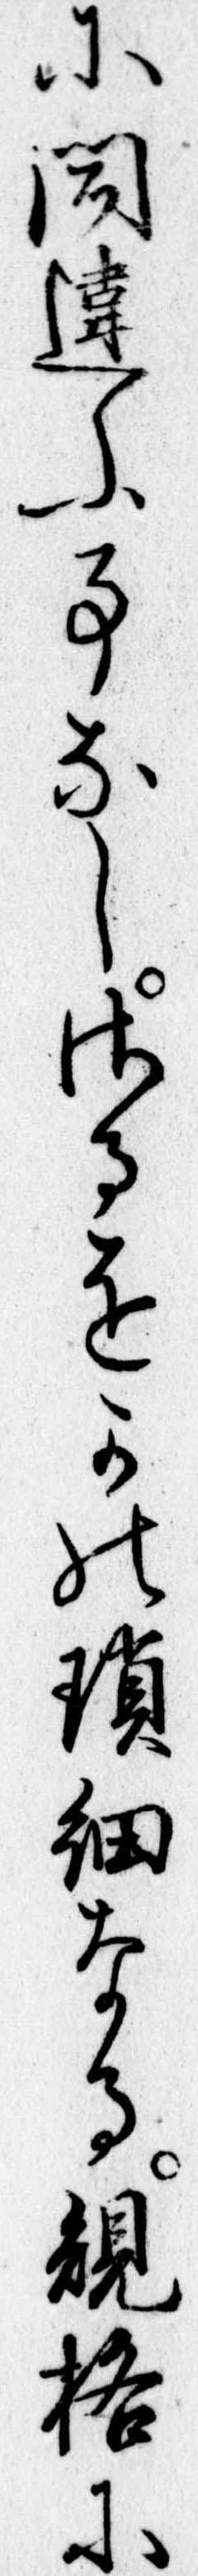
に聞違ふ事なしさるをかの瑣細なる規格に